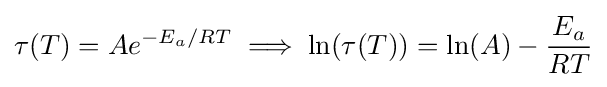
\tau (T)=Ae^{-E_{a}/RT}\implies \ln(\tau (T))=\ln(A)-{\frac {E_{a}}{RT}}